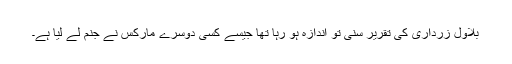
بلاول زرداری کی تقریر سنی تو اندازہ ہو رہا تھا جیسے کسی دوسرے مارکس نے جنم لے لیا ہے۔